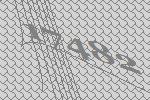
17482